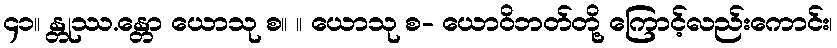
၄၁။ န္တုဿ.န္တော ယောသု စ။ ။ ယောသု စ- ယောဝိဘတ်တို့ ကြောင့်လည်းကောင်း၊